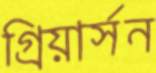
গ্রিয়ার্সন